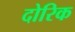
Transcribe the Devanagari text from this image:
दोरिक